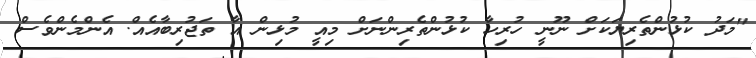
"މަދު ކުޅުންތެރިޔަކަށް ނޫނީ ހުރިހާ ކުޅުންތެރިންނަށް މިއީ މުޅިން އާ ތަޖުރިބާއެއް. އެންމެންވެސް